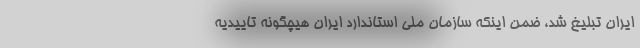
ایران تبلیغ شد، ضمن اینکه سازمان ملی استاندارد ایران هیچگونه تاییدیه